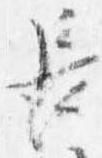
長